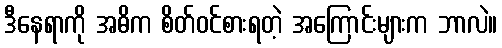
ဒီနေရာကို အဓိက စိတ်ဝင်စားရတဲ့ အကြောင်းများက ဘာလဲ။